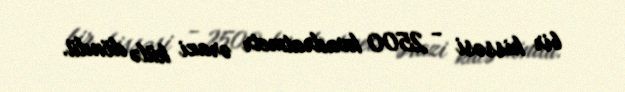
bir hissəsi - 2500 kvadratmetr ərazi külə döndü.